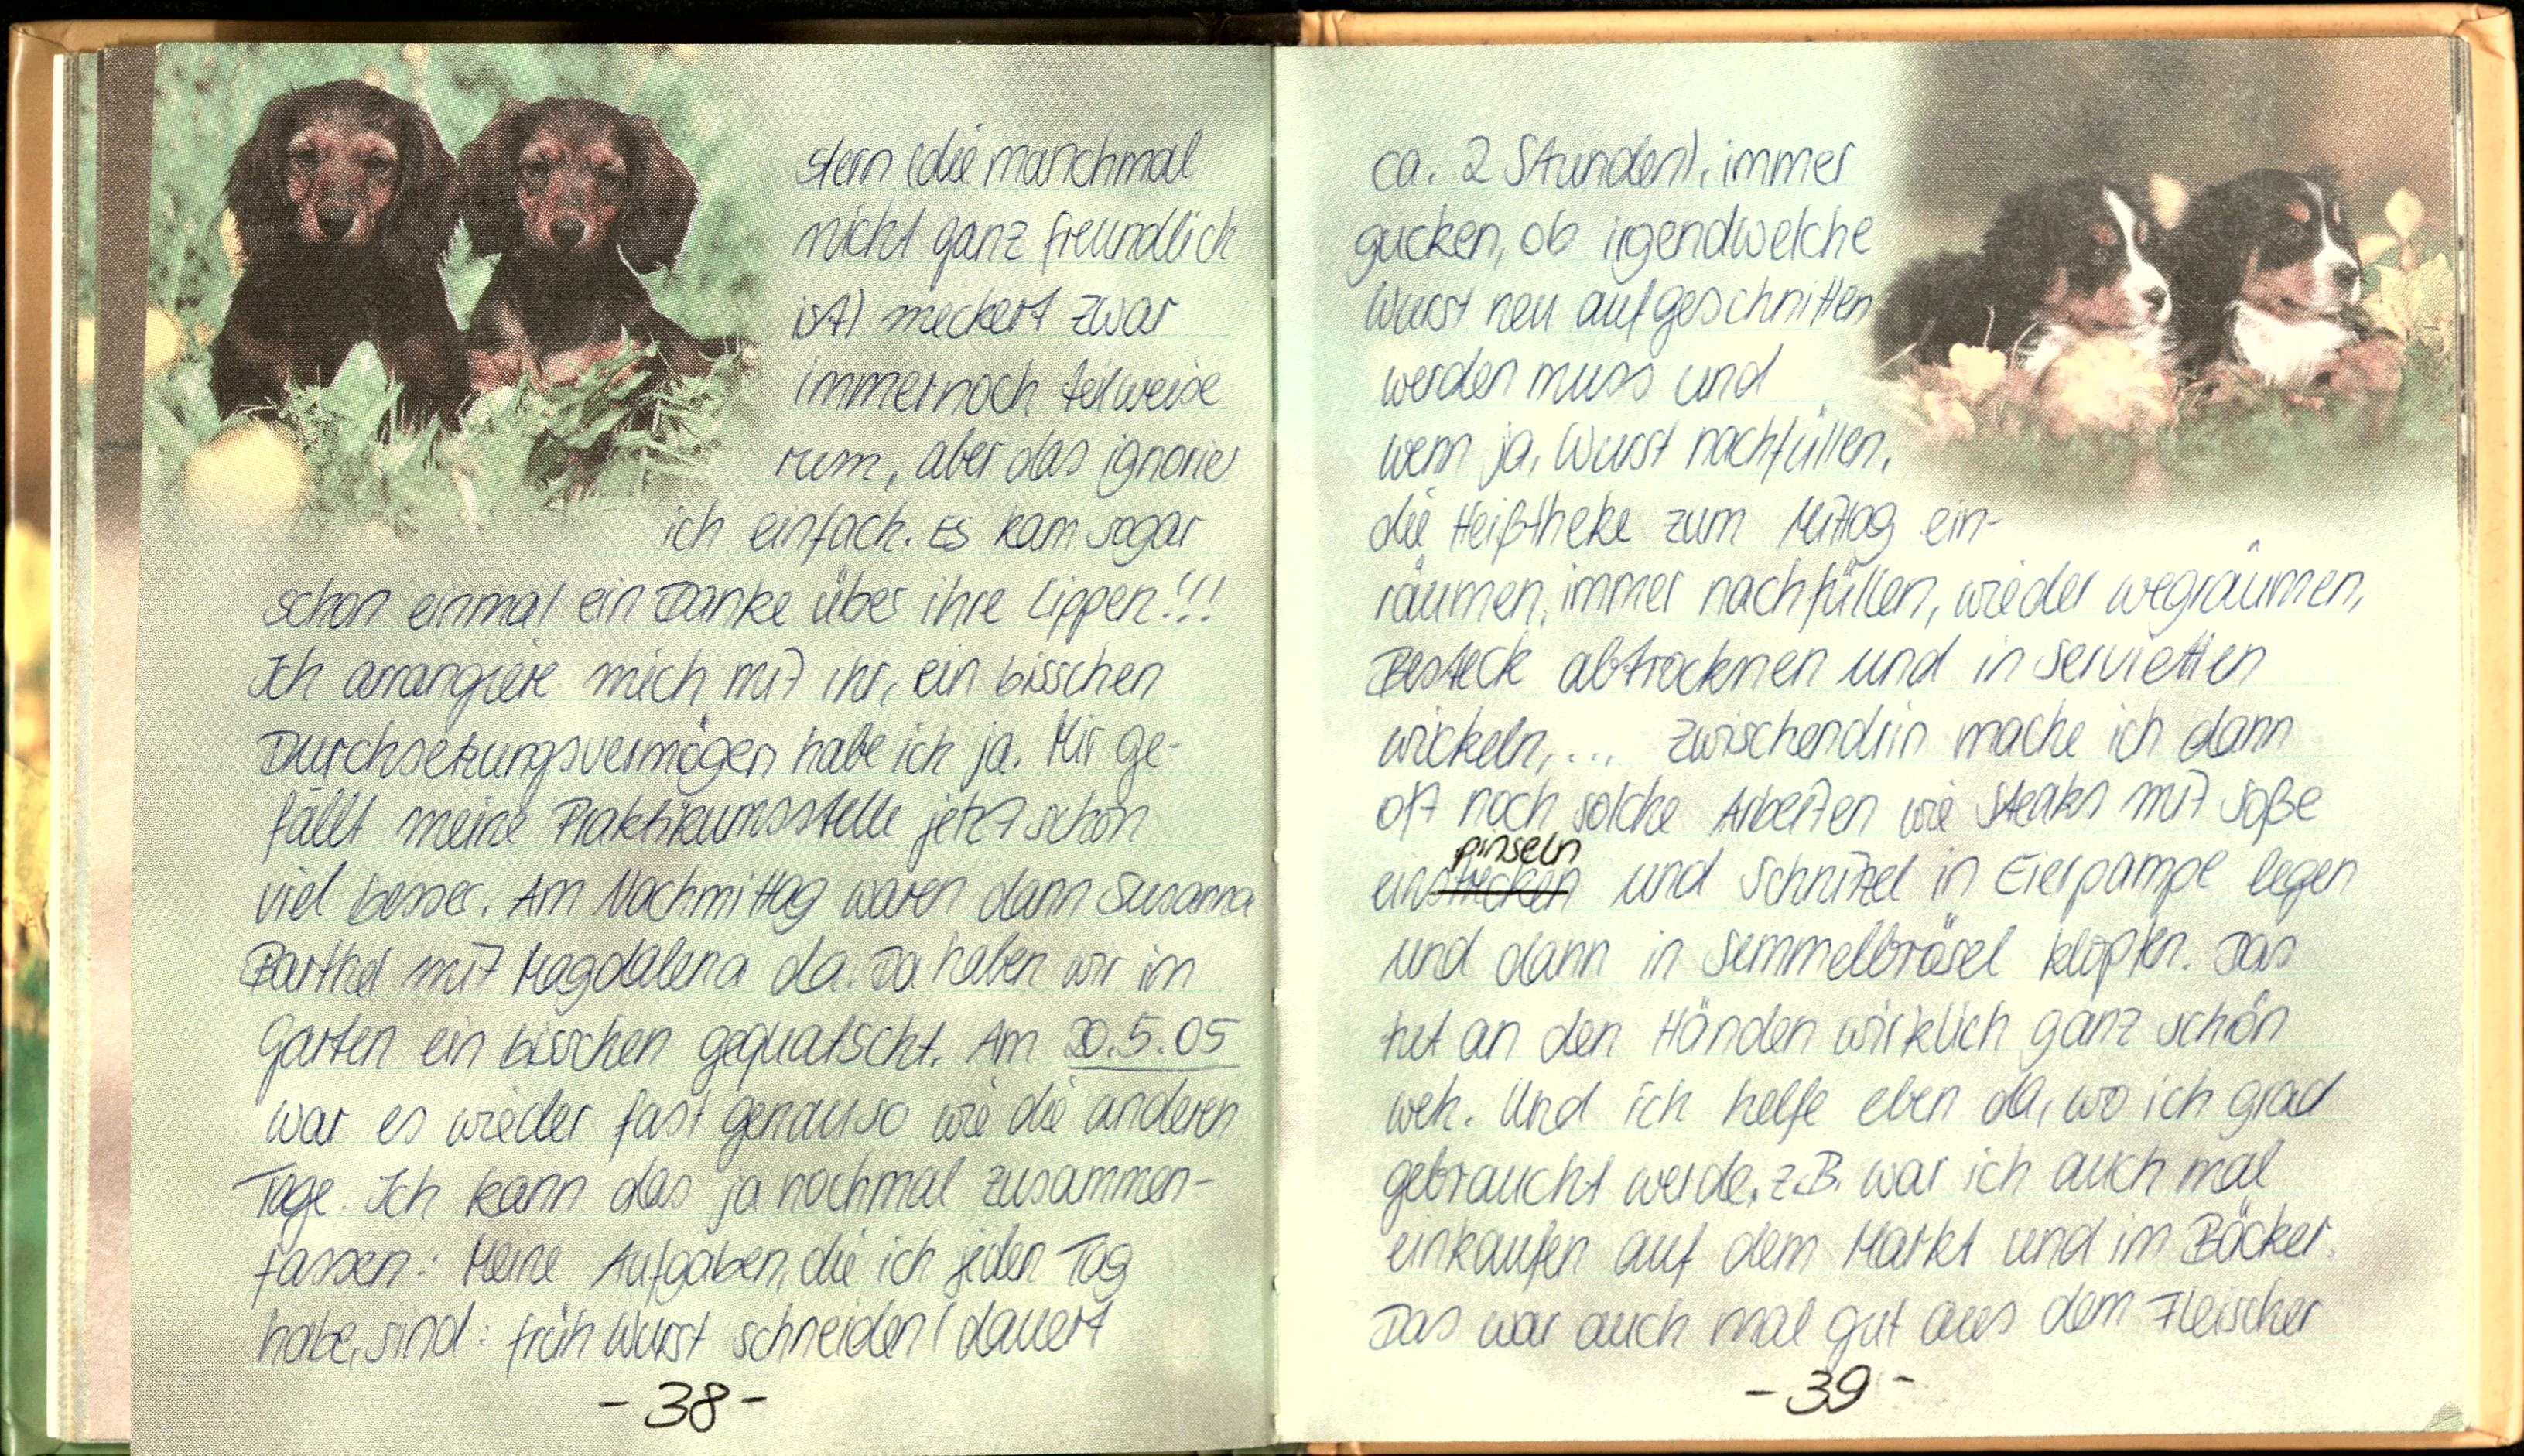
stern (die manchmal
nicht ganz freundlich
is) meckert zwar
immernoch teilweise
rum, aber das ignorier
ich einfach. Es kam sogar
schon einmal ein Danke über ihre Lippen!!!
Ich arrangiere mich mit ihr, ein bisschen
Durchsetzungsvermögen habe ich ja. Mir ge-
fällt meine Praktikumsstelle jetzt schon
viel besser. Am Nachmittag waren dann Susanna
Barthel mit Magdalena da. Da haben wir im
Garten ein bisschen gequatscht. Am 20.5.05
war es wieder fast genauso wie die anderen
Tage. Ich kann das ja nochmal zusammen-
fassen: Meine Aufgaben, die ich jeden Tag
habe, sind: früh Wurst schneiden (dauert

ca. 2 Stunden), immer
gucken, ob irgendwelche
Wurst neu aufgeschnitten
werden muss und
wenn ja, Wurst nachfüllen,
die Heißtheke zum Mittag ein-
räumen, immer nachfüllen, wieder wegräumen.
Besteck abtrocknen und in Servietten
wickeln,... Zwischendrin mache ich dann
oft noch solche Arbeiten wie Steaks mit soße
pinseln
ein und Schnitzel in Eierpampe legen
und dann in Semmelbrösel klopfen. Das
tut an den Händen wirklich ganz schön
weh. Und ich helfe eben da, wo ich grad
gebraucht werde, z.B. war ich auch mal
einkaufen auf dem Markt und im Bäcker.
Das war auch mal gut aus dem Fleischer